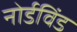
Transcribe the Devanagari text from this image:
नोर्डविंड